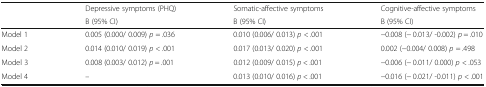
<table><thead><tr><td></td><td><b>Depressive symptoms (PHQ)</b></td><td><b>Somatic-affective symptoms</b></td><td><b>Cognitive-affective symptoms</b></td></tr><tr><td></td><td><b>B (95% CI)</b></td><td><b>B (95% CI)</b></td><td><b>B (95% CI)</b></td></tr></thead><tbody><tr><td>Model 1</td><td>0.005 (0.000/ 0.009) <i>p</i> = .036</td><td>0.010 (0.006/ 0.013) <i>p</i> &lt; .001</td><td>−0.008 (− 0.013/ -0.002) <i>p</i> = .010</td></tr><tr><td>Model 2</td><td>0.014 (0.010/ 0.019) <i>p</i> &lt; .001</td><td>0.017 (0.013/ 0.020) <i>p</i> &lt; .001</td><td>0.002 (−0.004/ 0.008) <i>p</i> = .498</td></tr><tr><td>Model 3</td><td>0.008 (0.003/ 0.012) <i>p</i> = .001</td><td>0.012 (0.009/ 0.015) <i>p</i> &lt; .001</td><td>−0.006 (− 0.011/ 0.000) <i>p</i> &lt; .053</td></tr><tr><td>Model 4</td><td>–</td><td>0.013 (0.010/ 0.016) <i>p</i> &lt; .001</td><td>−0.016 (− 0.021/ -0.011) <i>p</i> &lt; .001</td></tr></tbody></table>